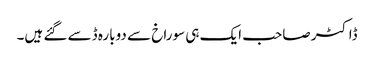
ڈاکٹر صاحب ایک ہی سوراخ سے دوبارہ ڈسے گئے ہیں۔